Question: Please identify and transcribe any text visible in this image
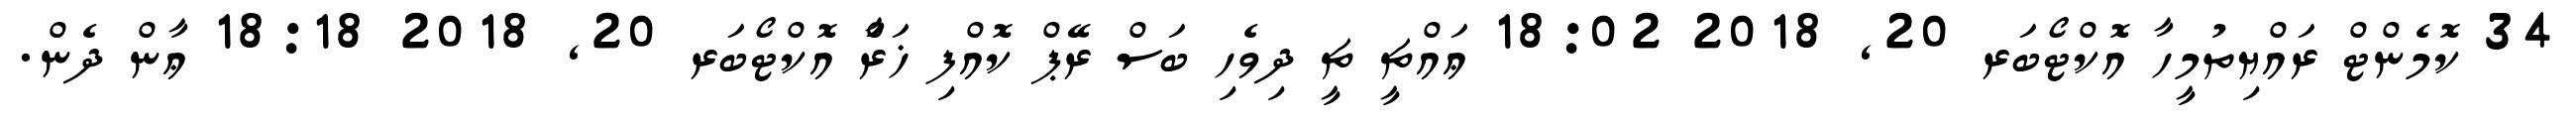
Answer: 34 ކޮމެންޓް ރައްޔިތުމީހާ އޮކްޓޯބަރ 20, 2018 18:02 ޢައްޗީ ޗީ ދިވެހި ބަސް ރޭޕް ކޮއްފި ޚަރާްަ އޮކްޓޯބަރ 20, 2018 18:18 ޢާން ދެން.